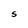
Character: S